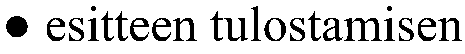
● esitteen tulostamisen